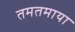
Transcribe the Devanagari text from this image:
तमतमाया